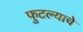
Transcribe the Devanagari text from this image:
फुटल्याचे